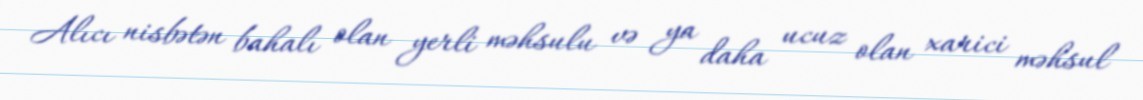
Alıcı nisbətən bahalı olan yerli məhsulu və ya daha ucuz olan xarici məhsul